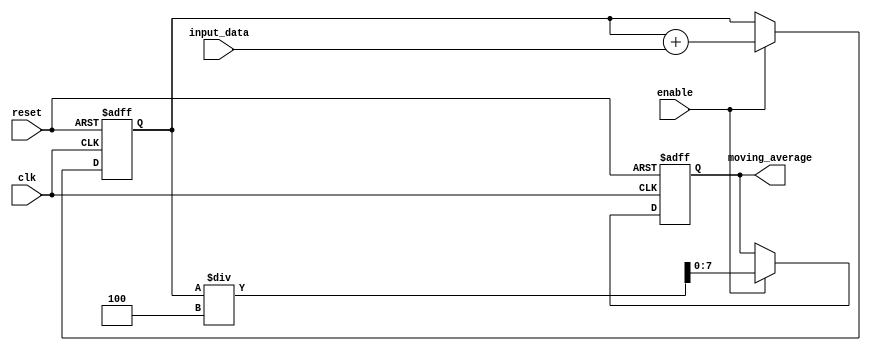
module moving_average_accumulator (
    input wire clk,
    input wire reset,
    input wire [DATA_WIDTH-1:0] input_data,
    input wire enable,
    output reg [DATA_WIDTH-1:0] moving_average
);

parameter DATA_WIDTH = 8; // Change the DATA_WIDTH according to your requirements
parameter N = 4; // Number of clock cycles for moving average calculation

reg [DATA_WIDTH-1:0] sum;
reg [DATA_WIDTH-1:0] accumulator;

always @(posedge clk or posedge reset) begin
    if (reset) begin
        sum <= 0;
        accumulator <= 0;
    end else if (enable) begin
        sum <= sum + input_data;
        accumulator <= sum / N;
    end
end

assign moving_average = accumulator;

endmodule